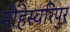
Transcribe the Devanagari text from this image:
मोहेस्वरिपुर